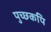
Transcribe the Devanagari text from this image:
पुच्छकपि